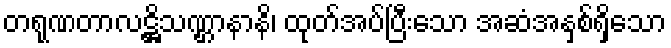
တရုဏတာလဋ္ဌိသဏ္ဌာနာနိ၊ ထုတ်အပ်ပြီးသော အဆံအနှစ်ရှိသော